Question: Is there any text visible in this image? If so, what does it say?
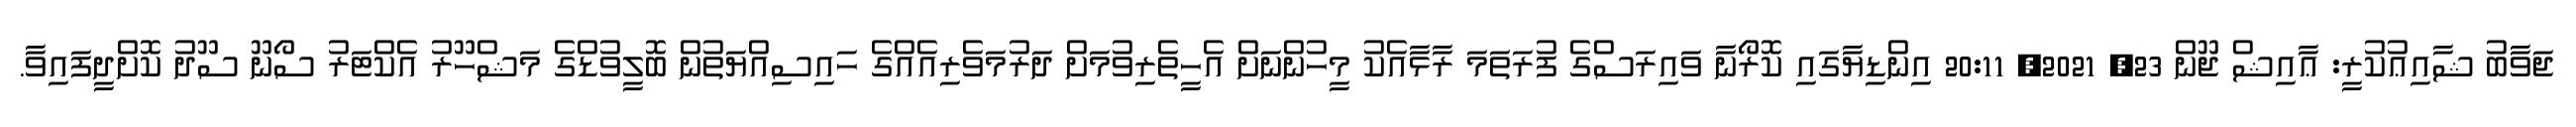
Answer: ޖަވާބު ޝާއިޢުކުރީ: ޢާއިޝް ޖޫން 23, 2021, 20:11 އިންޑިޔާގައި ކޮރޯނާ ވައިރަސްގެ ފުރަތަމަ ރާޅާއެކު މީހުންނަށް އެހީތެރިވުމަށް ދަރުމަވެރިއެއްގެ ހައިސިއްޔަތުން ބޮލީވުޑްގެ މަޝްހޫރު އެކްޓަރު ސޯނޫ ސޫދު ކޮށްދީފައިވާ.